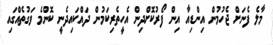
މާލެ ފެނަށް ޖެހުމުން އިންޑިއާ އިން ފޯރުކޮށްދިން އެހީތެރިކަމުން ދައްކައިދެނީ ކޮންމެ ވަގުތެއްގައި